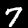
Label: 7